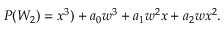
\begin{array} { l c r } { { P ( W _ { 2 } ) = x ^ { 3 } ) + a _ { 0 } w ^ { 3 } + a _ { 1 } w ^ { 2 } x + a _ { 2 } w x ^ { 2 } . } } \end{array}